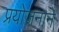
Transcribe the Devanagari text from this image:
प्रयोजनाने